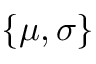
\{ \mu , \sigma \}